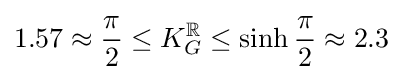
1.57\approx {\frac {\pi }{2}}\leq K_{G}^{\mathbb {R} }\leq \operatorname {sinh} {\frac {\pi }{2}}\approx 2.3